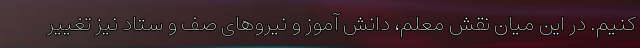
کنیم. در این میان نقش معلم، دانش آموز و نیروهای صف و ستاد نیز تغییر